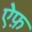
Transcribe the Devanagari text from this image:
ऐफ़